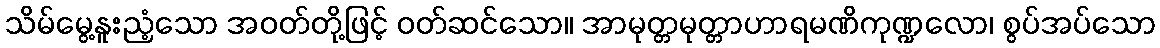
သိမ်မွေ့နူးညံ့သော အဝတ်တို့ဖြင့် ဝတ်ဆင်သော။ အာမုတ္တမုတ္တာဟာရမဏိကုဏ္ဍလော၊ စွပ်အပ်သော